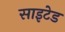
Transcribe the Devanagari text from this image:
साइटेड